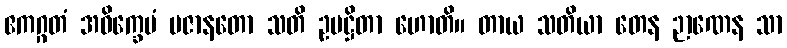
ဧကဂ္ဂတံ အဝိက္ခေပံ ပဇာနတော သတိ ဥပဋ္ဌိတာ ဟောတိ။ တာယ သတိယာ တေန ဉာဏေန သာ